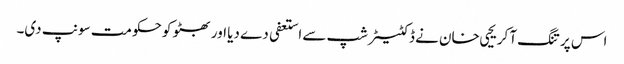
اس پر تنگ آ کر یحیی خان نے ڈکٹیٹر شپ سے استعفی دے دیا اور بھٹو کو حکومت سونپ دی۔